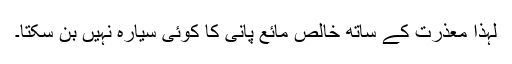
لہٰذا معذرت کے ساتھ خالص مائع پانی کا کوئی سیارہ نہیں بن سکتا۔